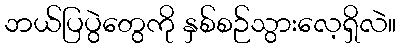
ဘယ်ပြပွဲတွေကို နှစ်စဉ်သွားလေ့ရှိလဲ။